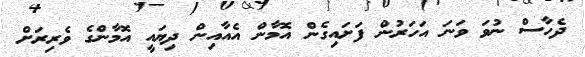
ދެހާސް ނުވަ ވަނަ އަހަރުން ފަށައިގެން އޮމާން އެއާއިން ދިޔައީ އޮމާންގެ ވެރިރަށް